画像に写った文字を読んでください
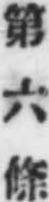
「第六條」と書いてあります